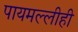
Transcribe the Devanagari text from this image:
पायमल्लीही